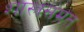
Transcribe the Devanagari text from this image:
शास्त्रसंमत